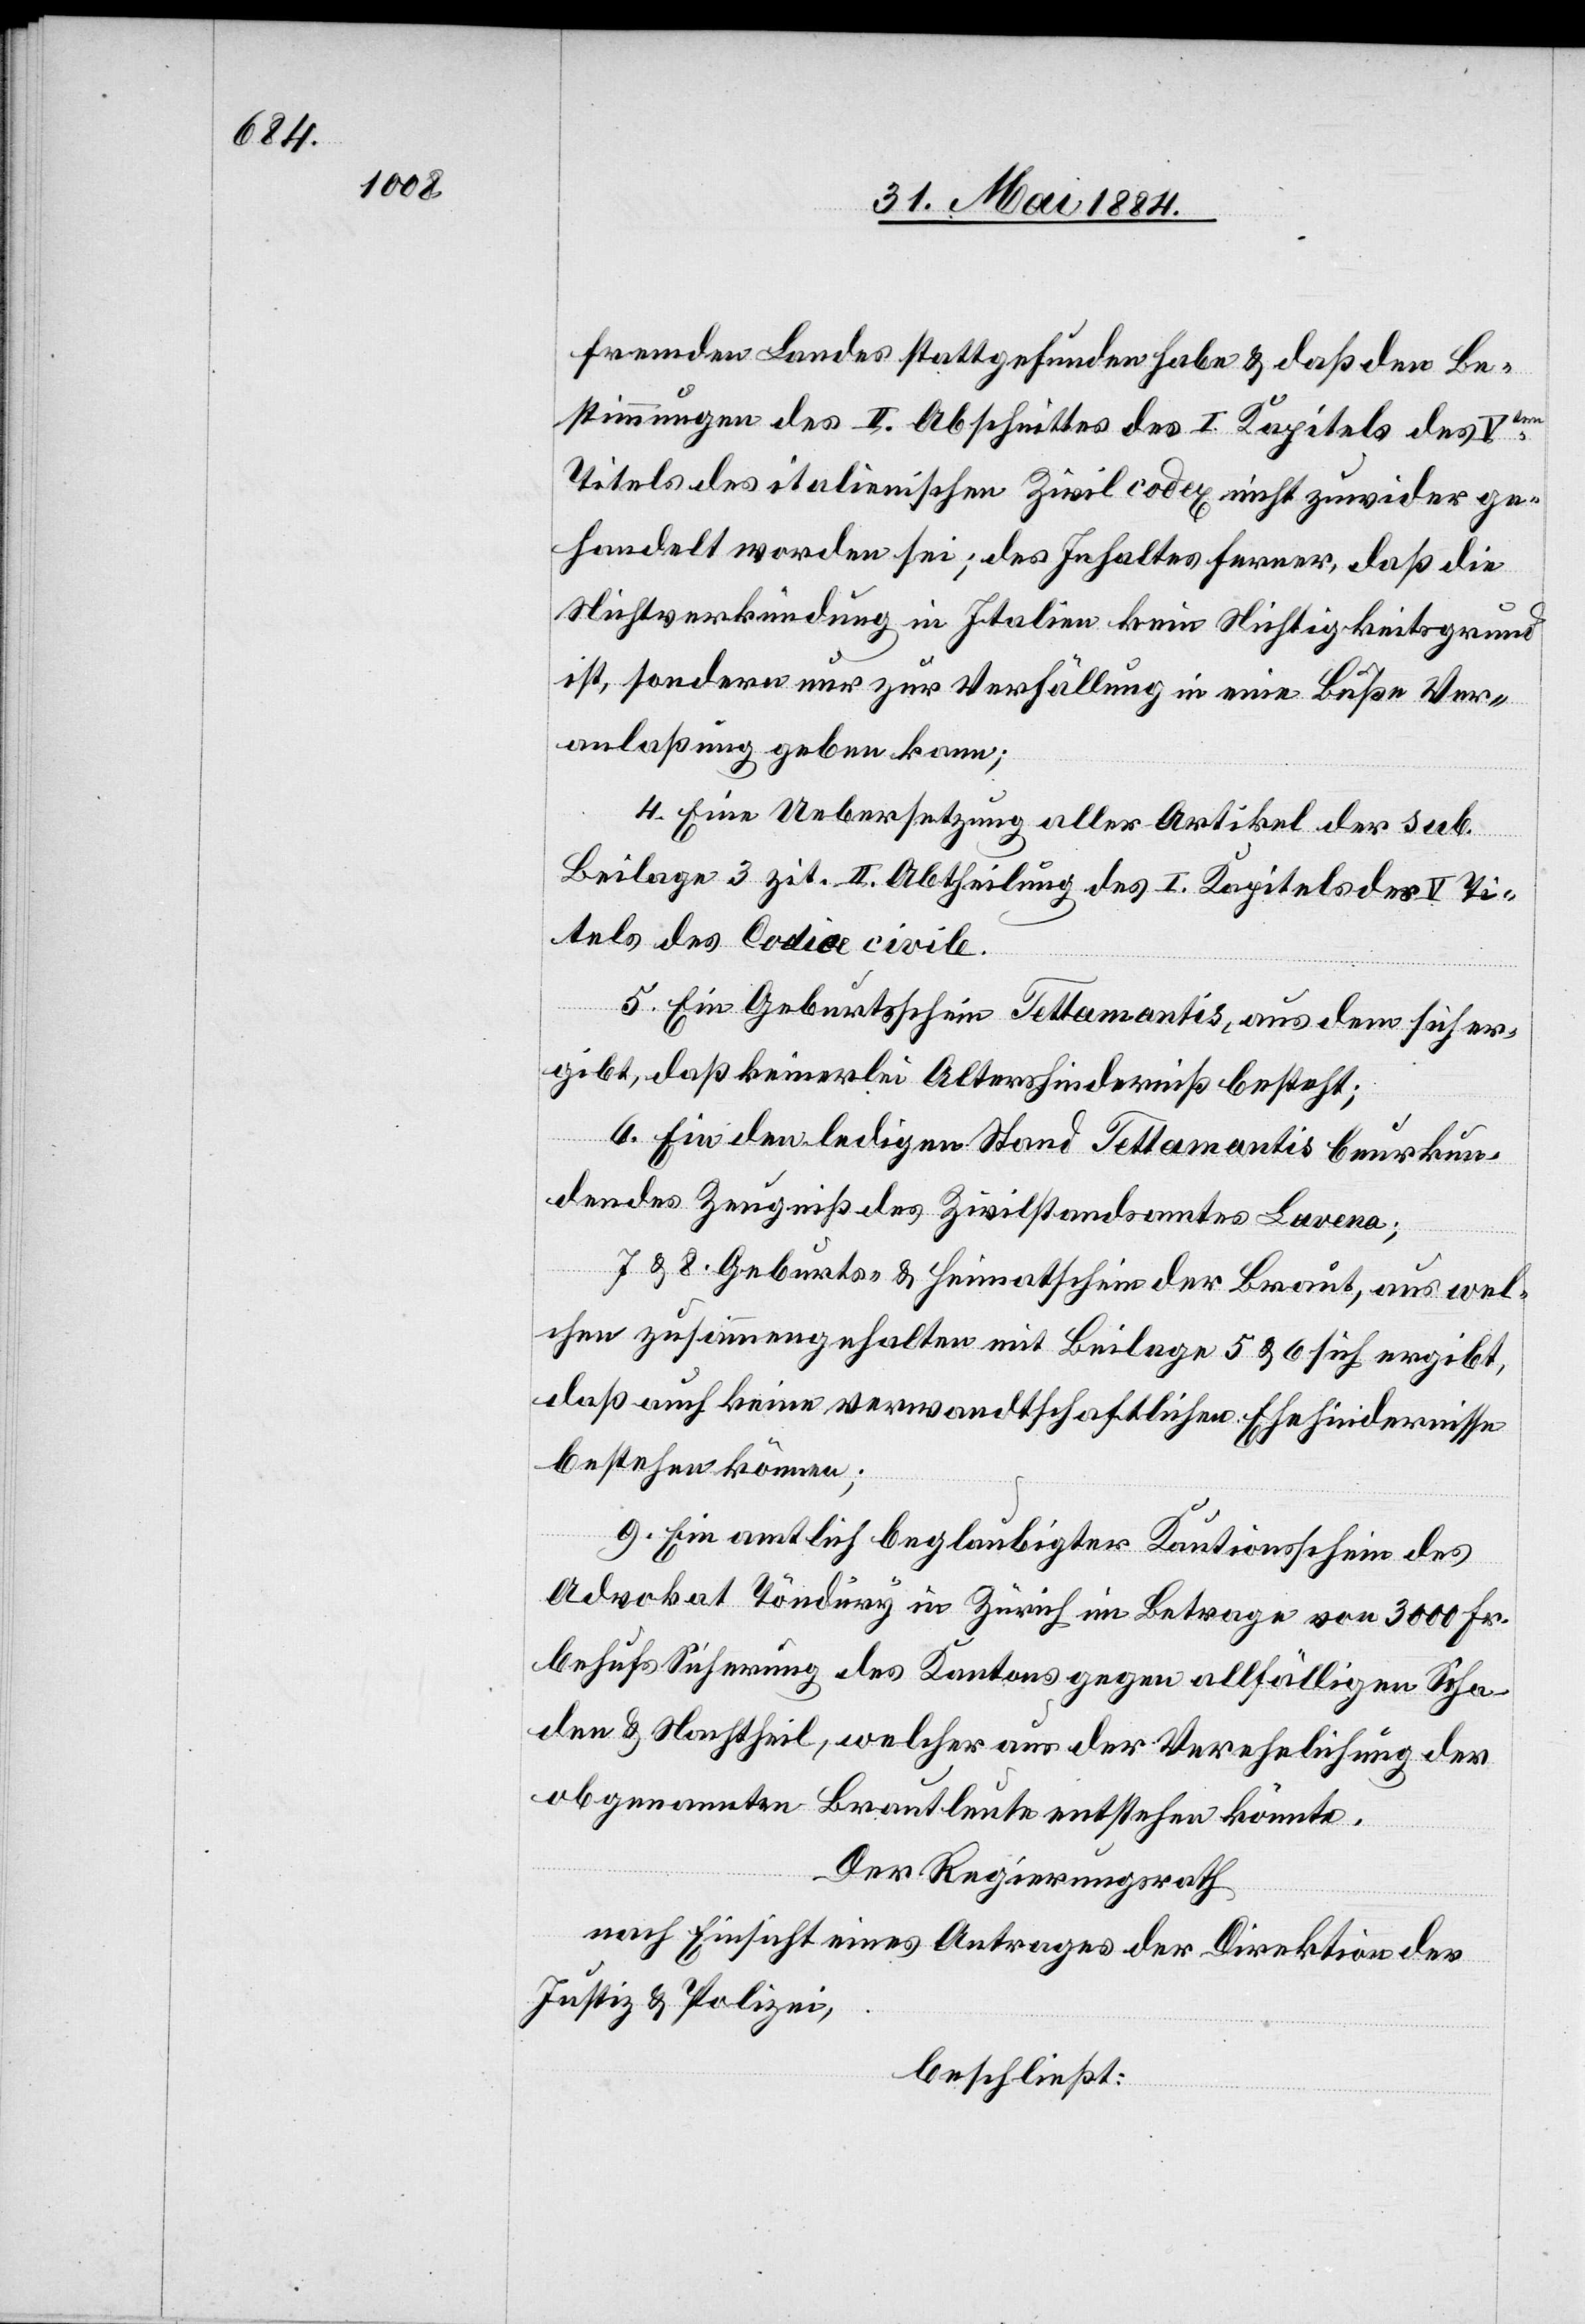
fremden Landes stattgefunden habe & daß den Be¬
stimmungen des II. Abschnittes des I. Kapitels des Vten
Titels des italienischen Zivil codex nicht zuwider ge¬
handelt worden sei; des Inhaltes ferner, daß die
Nichtverkündung in Italien kein Nichtigkeitsgrund
ist, sondern nur zur Verfällung in eine Buße Ver¬
anlaßung geben kann;
4. Eine Uebersetzung aller Artikel der sub.
Beilage 3 zit. II. Abtheilung des I. Kapitels des V. Ti¬
tels des Codice civile.
5. Ein Geburtsschein Tettamontis, aus dem sich er¬
gibt, daß keinerlei Altershinderniß besteht;
6. Ein den ledigen Stand Tettamontis beurkun¬
dende Zeugniß des Zivilstandamtes Lavena;
7 & 8. Geburts- & Heimatschein der Braut, aus wel¬
chen zusammengehalten mit Beilage 5 & 6 sich ergibt,
daß auch keine verwandtschaftlichen Ehehindernisse
bestehen können;
9. Ein amtlich beglaubigter Kautionsschein des
Advokat Töndury in Zürich im Betrage von 3000 Fr.
behufs Sicherung des Kantons gegen allfälligen Scha¬
den & Nachtheil, welcher aus der Verehelichung der
obgenannten Brautleute entstehen könnte.
Der Regierungsrath
nach Einsicht eines Antrages der Direktion der
Justiz- & Polizei,
beschließt: